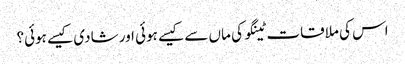
اس کی ملاقات ٹینگو کی ماں سے کیسے ہوئی اور شادی کیسے ہوئی؟